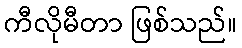
ကီလိုမီတာ ဖြစ်သည်။